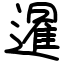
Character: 暹